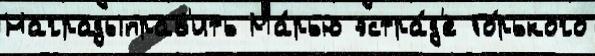
Наградыправ'ить Ма́рью эстра́д'е Го́рького